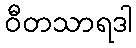
ဝီတသာရဒါ